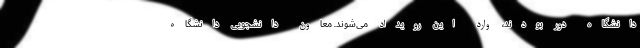
دانشگاه دور بودند، وارد این رویداد می‌شوند. معاون دانشجویی دانشگاه